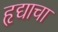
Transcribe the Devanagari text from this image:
हृद्याचा